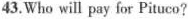
43.Who will pay for Pituco?